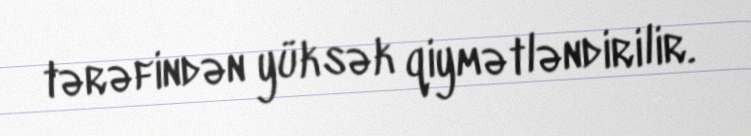
tərəfindən yüksək qiymətləndirilir.